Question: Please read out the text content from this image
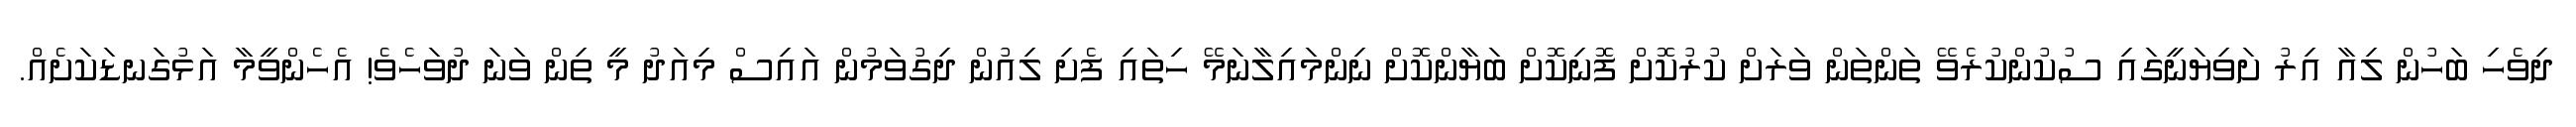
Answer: ދިވެހި ބަހުން ލިއާ އިރު ށަވިޔަނީގައި ސުކުންކުރެވޭ ތަންތަން ވަރަށް ކުރުކޮށް ފޮނިކޮށް ބަޔާންކޮށް ނިންމައިލާނަމޭ ހިތައި ފެށި ލިއުން ދިގުވަމުން އައިސް މިއަދު މީ ތިން ވަނަ ދުވަހެވެ! އެހެންވީމާ އަޅުގަނޑަކަށެއް.